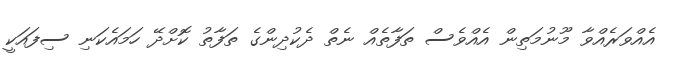
އެއްވަރެއްވާ މޫނުމަތިން އެއްވެސް ތަފާތެއް ނެތް ދެކުދިންގެ ތަފާތު ކޮށްދޭ ހަމައެކަނި ސިފައަކީ